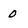
Character: 0